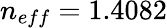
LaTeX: n_{eff}=1.4082